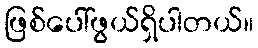
ဖြစ်ပေါ်ဖွယ်ရှိပါတယ်။